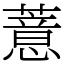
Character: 薏